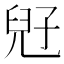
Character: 𡥲